Indian Medical Review
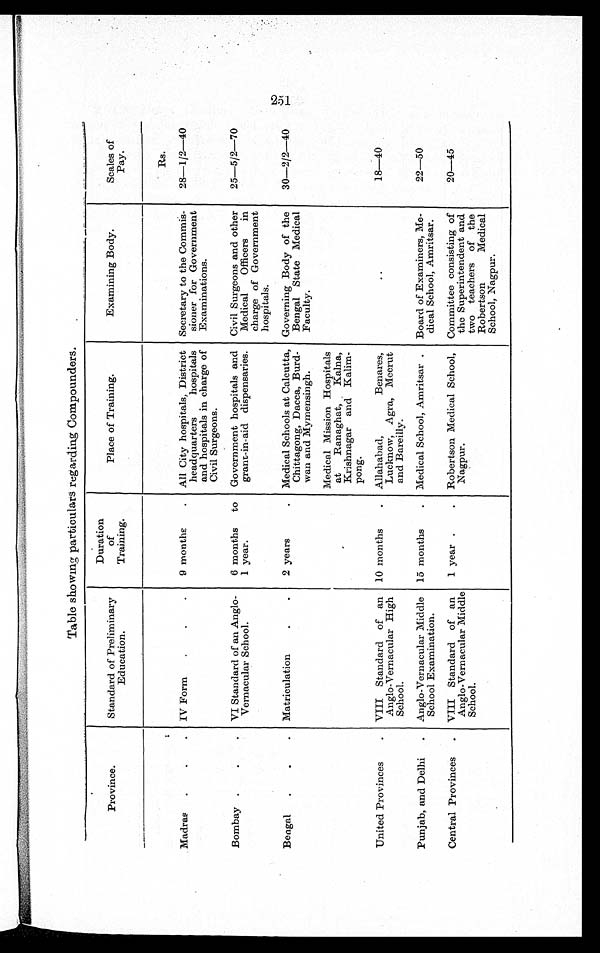
Table showing particulars regarding Compounders.
Province.
Standard of Preliminary
Education.
Duration
of
Training.
Place of Training.
Examining Body.
Scales of
Pay.
Rs.
Madras .
.
. IV Form
.
.
.
9 months
. All City hospitals, District
headquarters hospitals
and hospitals in charge of
Civil Surgeons.
Secretary to the Commis-
sioner for Government
Examinations.
28—1/2—40
Bombay .
.
. VI Standard of an Anglo-
Vernacular School.
6 months to
1 year.
Government hospitals and
grant-in-aid dispensaries.
Civil Surgeons and other
Medical Officers in
charge of Government
hospitals.
25—5/2—70
Bengal .
.
. Matriculation
.
.
2 years
. Medical Schools at Calcutta,
Chittagong, Dacca, Burd-
wan and Mymensingh.
Governing Body of the
Bengal State Medical
Faculty.
30—2/2—40
Medical Mission Hospitals
at Ranaghat, Kalna,
Krishnagar and Kalim-
pong.
United Provinces
. VIII Standard of an
Anglo-Vernacular High
School.
10 months
. Allahabad, Benares
Lucknow, Agra, Meerut
and Bareilly.
..
Punjab, and Delhi . Anglo-Vernacular Middle
School Examination.
15 months
. Medical School, Amritsar . Board of Examiners, Me-
dical School, Amritsar.
22—50
Central Provinces . VIII Standard of an
Anglo-Vernacular Middle
School.
1 year .
. Robertson Medical School,
Nagpur.
Committee consisting of
the Superintendent and
two teachers of the
Robertson Medical
School, Nagpur.
20—45